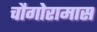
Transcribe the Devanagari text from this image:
चौगोरामास